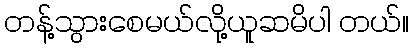
တန့်သွားစေမယ်လို့ယူဆမိပါ တယ်။